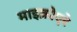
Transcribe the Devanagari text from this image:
माइक्रोएरे